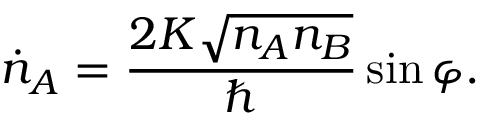
{ \dot { n } } _ { A } = { \frac { 2 K { \sqrt { n _ { A } n _ { B } } } } { \hbar } } \sin \varphi .